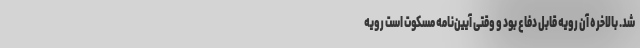
شد. بالاخره آن رویه قابل دفاع بود و وقتی آیین‌نامه مسکوت است رویه